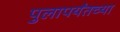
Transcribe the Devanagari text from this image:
पुलापर्यंतच्या